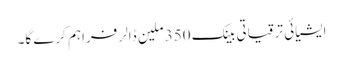
ایشیائی ترقیاتی بینک 350 ملین ڈالر فراہم کرے گا۔